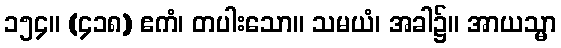
၁၅၄။ (၄၁၈) ဧကံ၊ တပါးသော။ သမယံ၊ အခါ၌။ အာယသ္မာ